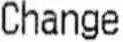
CHANGE